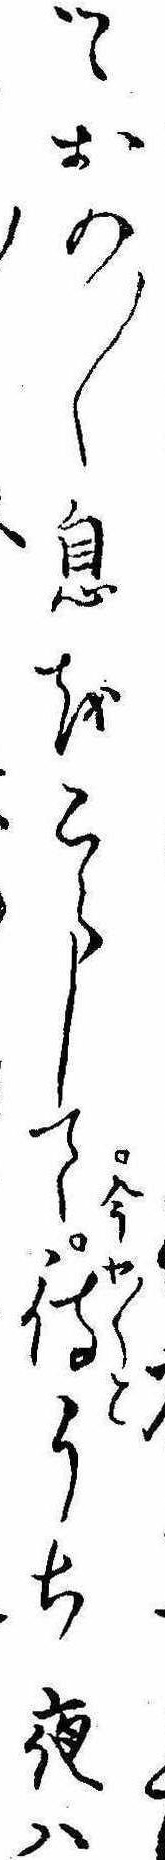
つゝおの〱息をこらして今や〱と待うち夜は